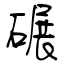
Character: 碾